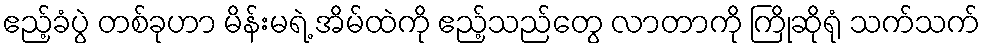
ဧည့်ခံပွဲ တစ်ခုဟာ မိန်းမရဲ့ အိမ်ထဲကို ဧည့်သည်တွေ လာတာကို ကြိုဆိုရုံ သက်သက်